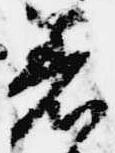
着